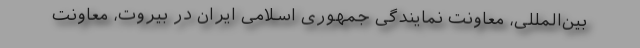
بین‌المللی، معاونت نمایندگی جمهوری اسلامی ایران در بیروت، معاونت